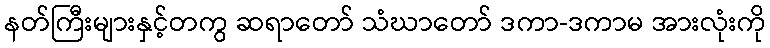
နတ်ကြီးများနှင့်တကွ ဆရာတော် သံဃာတော် ဒကာ-ဒကာမ အားလုံးကို